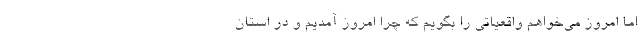
اما امروز می‌خواهم واقعیاتی را بگویم که چرا امروز آمدیم و در استان